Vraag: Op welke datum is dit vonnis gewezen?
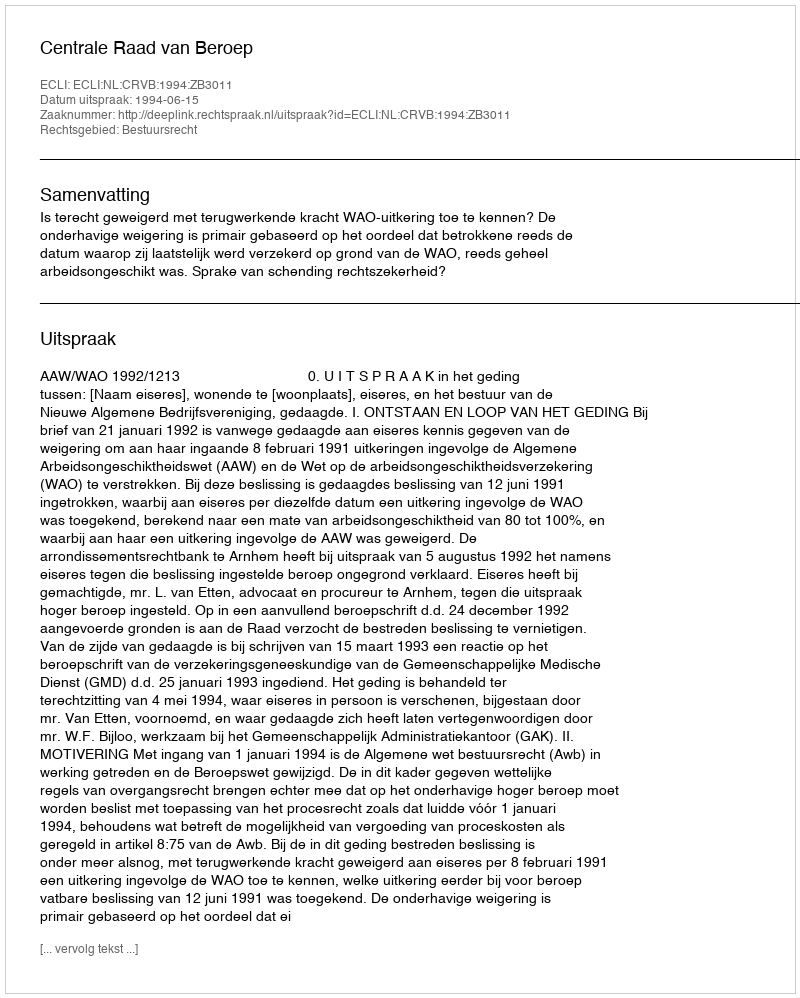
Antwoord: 1994-06-15